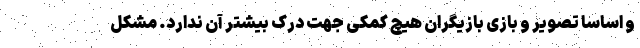
و اساسا تصویر و بازی بازیگران هیچ کمکی جهت درک بیشتر آن ندارد. مشکل